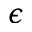
\epsilon